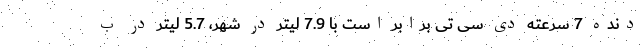
دنده 7 سرعته دی سی تی برابر است با 7.9 لیتر در شهر، 5.7 لیتر در ب